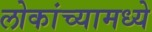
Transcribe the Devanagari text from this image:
लोकांच्यामध्ये